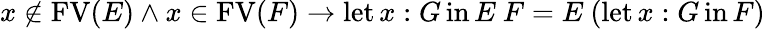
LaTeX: x\not\in\operatorname{FV}(E)\land x\in\operatorname{FV}(F)\to\operatorname{let}x:G\operatorname{in}E\ F=E\ (\operatorname{let}x:G\operatorname{in}F)